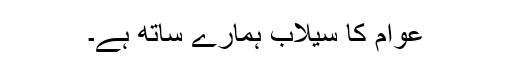
عوام کا سیلاب ہمارے ساتھ ہے۔